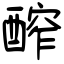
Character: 醡